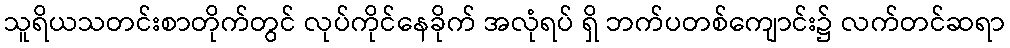
သူရိယသတင်းစာတိုက်တွင် လုပ်ကိုင်နေခိုက် အလုံရပ် ရှိ ဘက်ပတစ်ကျောင်း၌ လက်တင်ဆရာ